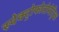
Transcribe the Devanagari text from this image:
स्पेक्ट्रोफोटोमेट्रिक